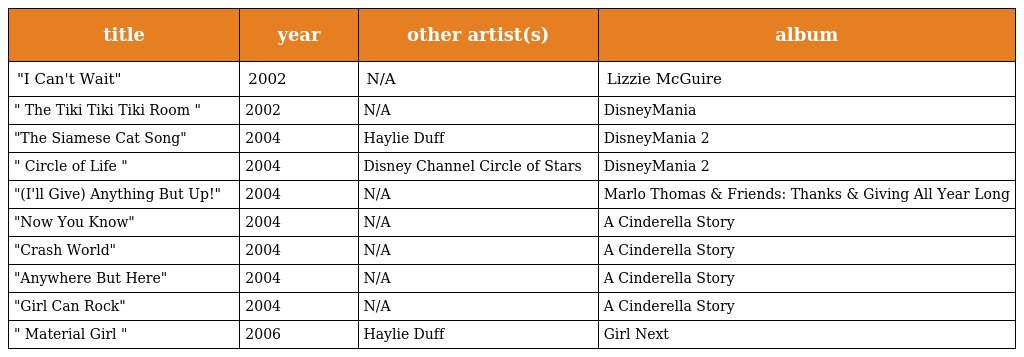
| title | year | other artist(s) | album |
 | --- | --- | --- | --- |
 | "I Can't Wait" | 2002 | N/A | Lizzie McGuire |
 | " The Tiki Tiki Tiki Room " | 2002 | N/A | DisneyMania |
 | "The Siamese Cat Song" | 2004 | Haylie Duff | DisneyMania 2 |
 | " Circle of Life " | 2004 | Disney Channel Circle of Stars | DisneyMania 2 |
 | "(I'll Give) Anything But Up!" | 2004 | N/A | Marlo Thomas & Friends: Thanks & Giving All Year Long |
 | "Now You Know" | 2004 | N/A | A Cinderella Story |
 | "Crash World" | 2004 | N/A | A Cinderella Story |
 | "Anywhere But Here" | 2004 | N/A | A Cinderella Story |
 | "Girl Can Rock" | 2004 | N/A | A Cinderella Story |
 | " Material Girl " | 2006 | Haylie Duff | Girl Next |